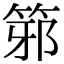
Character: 𥭕